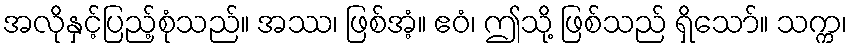
အလိုနှင့်ပြည့်စုံသည်။ အဿ၊ ဖြစ်အံ့။ ဧဝံ၊ ဤသို့ ဖြစ်သည် ရှိသော်။ သက္က၊